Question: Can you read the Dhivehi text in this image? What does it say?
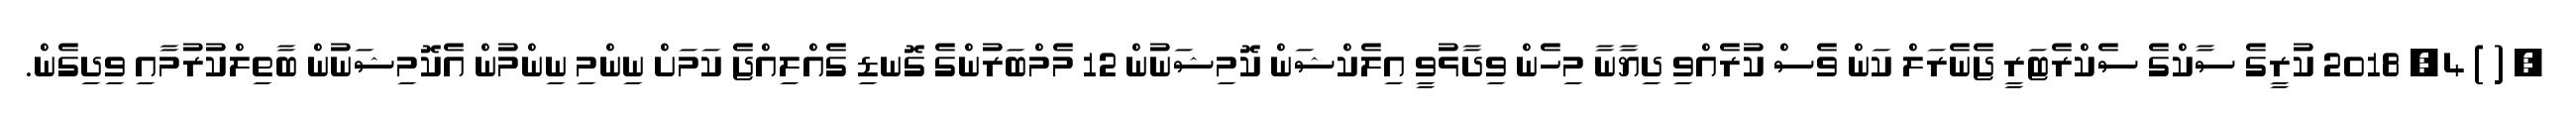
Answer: ? ( ) 4, 2018 ކުރީގެ ސާކްގެ ސެކްރެޓަރީ ޖެނެރަލް ކަން ވެސް ކުރެއްވި ދިޔާނާ މިހެން ވިދާޅުވީ އިލެކްޝަން ކޮމިޝަނުން 12 މެމްބަރުންގެ ގޮނޑި ގެއްލިއްޖެ ކަމަށް ނިންމި ނިންމުން އެކޮމިޝަނުން ބާތިލްކުރުމާއި ވިދިގެން.